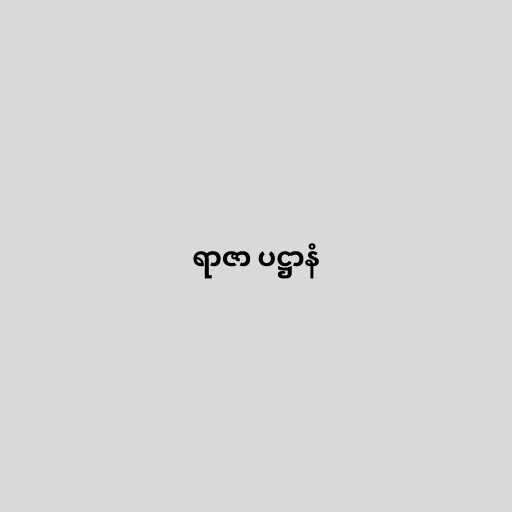
ရာဇာ ပဋ္ဌာနံ